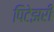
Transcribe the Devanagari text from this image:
पिटेझरी